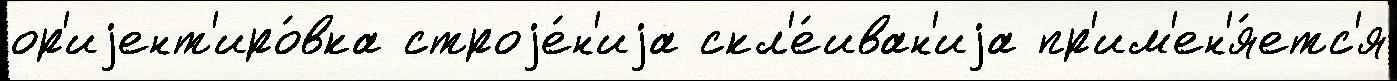
ор'иjент'иро́вка строjе́н'иjа скл'е́иван'иjа пр'им'ен'я́етс'я